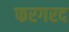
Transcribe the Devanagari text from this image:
फरगरद